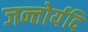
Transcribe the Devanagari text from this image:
जन्तोर्यदि